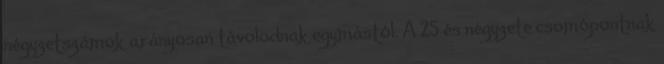
négyzetszámok arányosan távolodnak egymástól. A 25 és négyzete csomópontnak